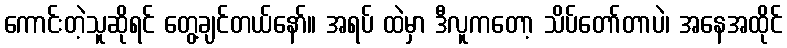
ကောင်းတဲ့သူဆိုရင် တွေ့ချင်တယ်နော်။ အရပ် ထဲမှာ ဒီလူကတော့ သိပ်တော်တာပဲ၊ အနေအထိုင်